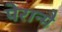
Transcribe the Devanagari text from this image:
पेरान्मै